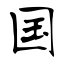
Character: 国